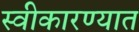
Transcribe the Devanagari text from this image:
स्‍वीकारण्‍यात